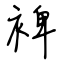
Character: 裨